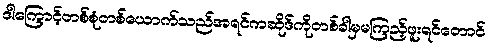
ဒါကြောင့်တစ်စုံတစ်ယောက်သည်အရင်ကဆိုဒ်ကိုတစ်ခါမှမကြည့်ဖူးရင်တောင်